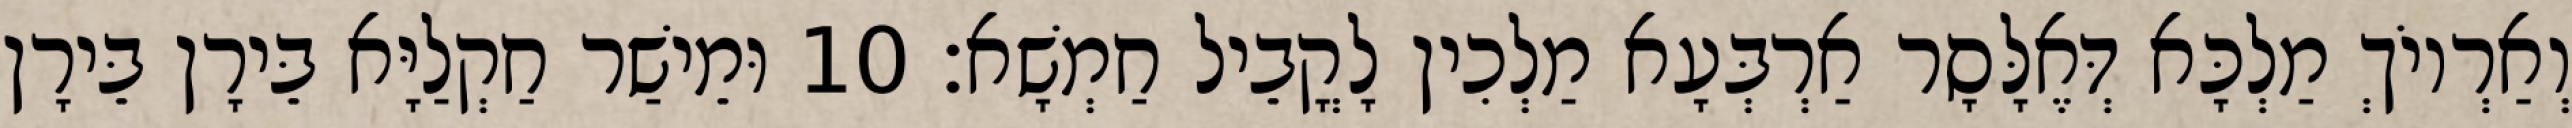
וְאַרְיוֹךְ מַלְכָּא דְּאֶלָּסָר אַרְבְּעָא מַלְכִין לָקֳבֵיל חַמְשָׁא׃ 10 וּמֵישַׁר חַקְלַיָּא בֵּירָן בֵּירָן